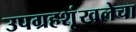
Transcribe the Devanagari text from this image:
उपग्रहशृंखलेचा